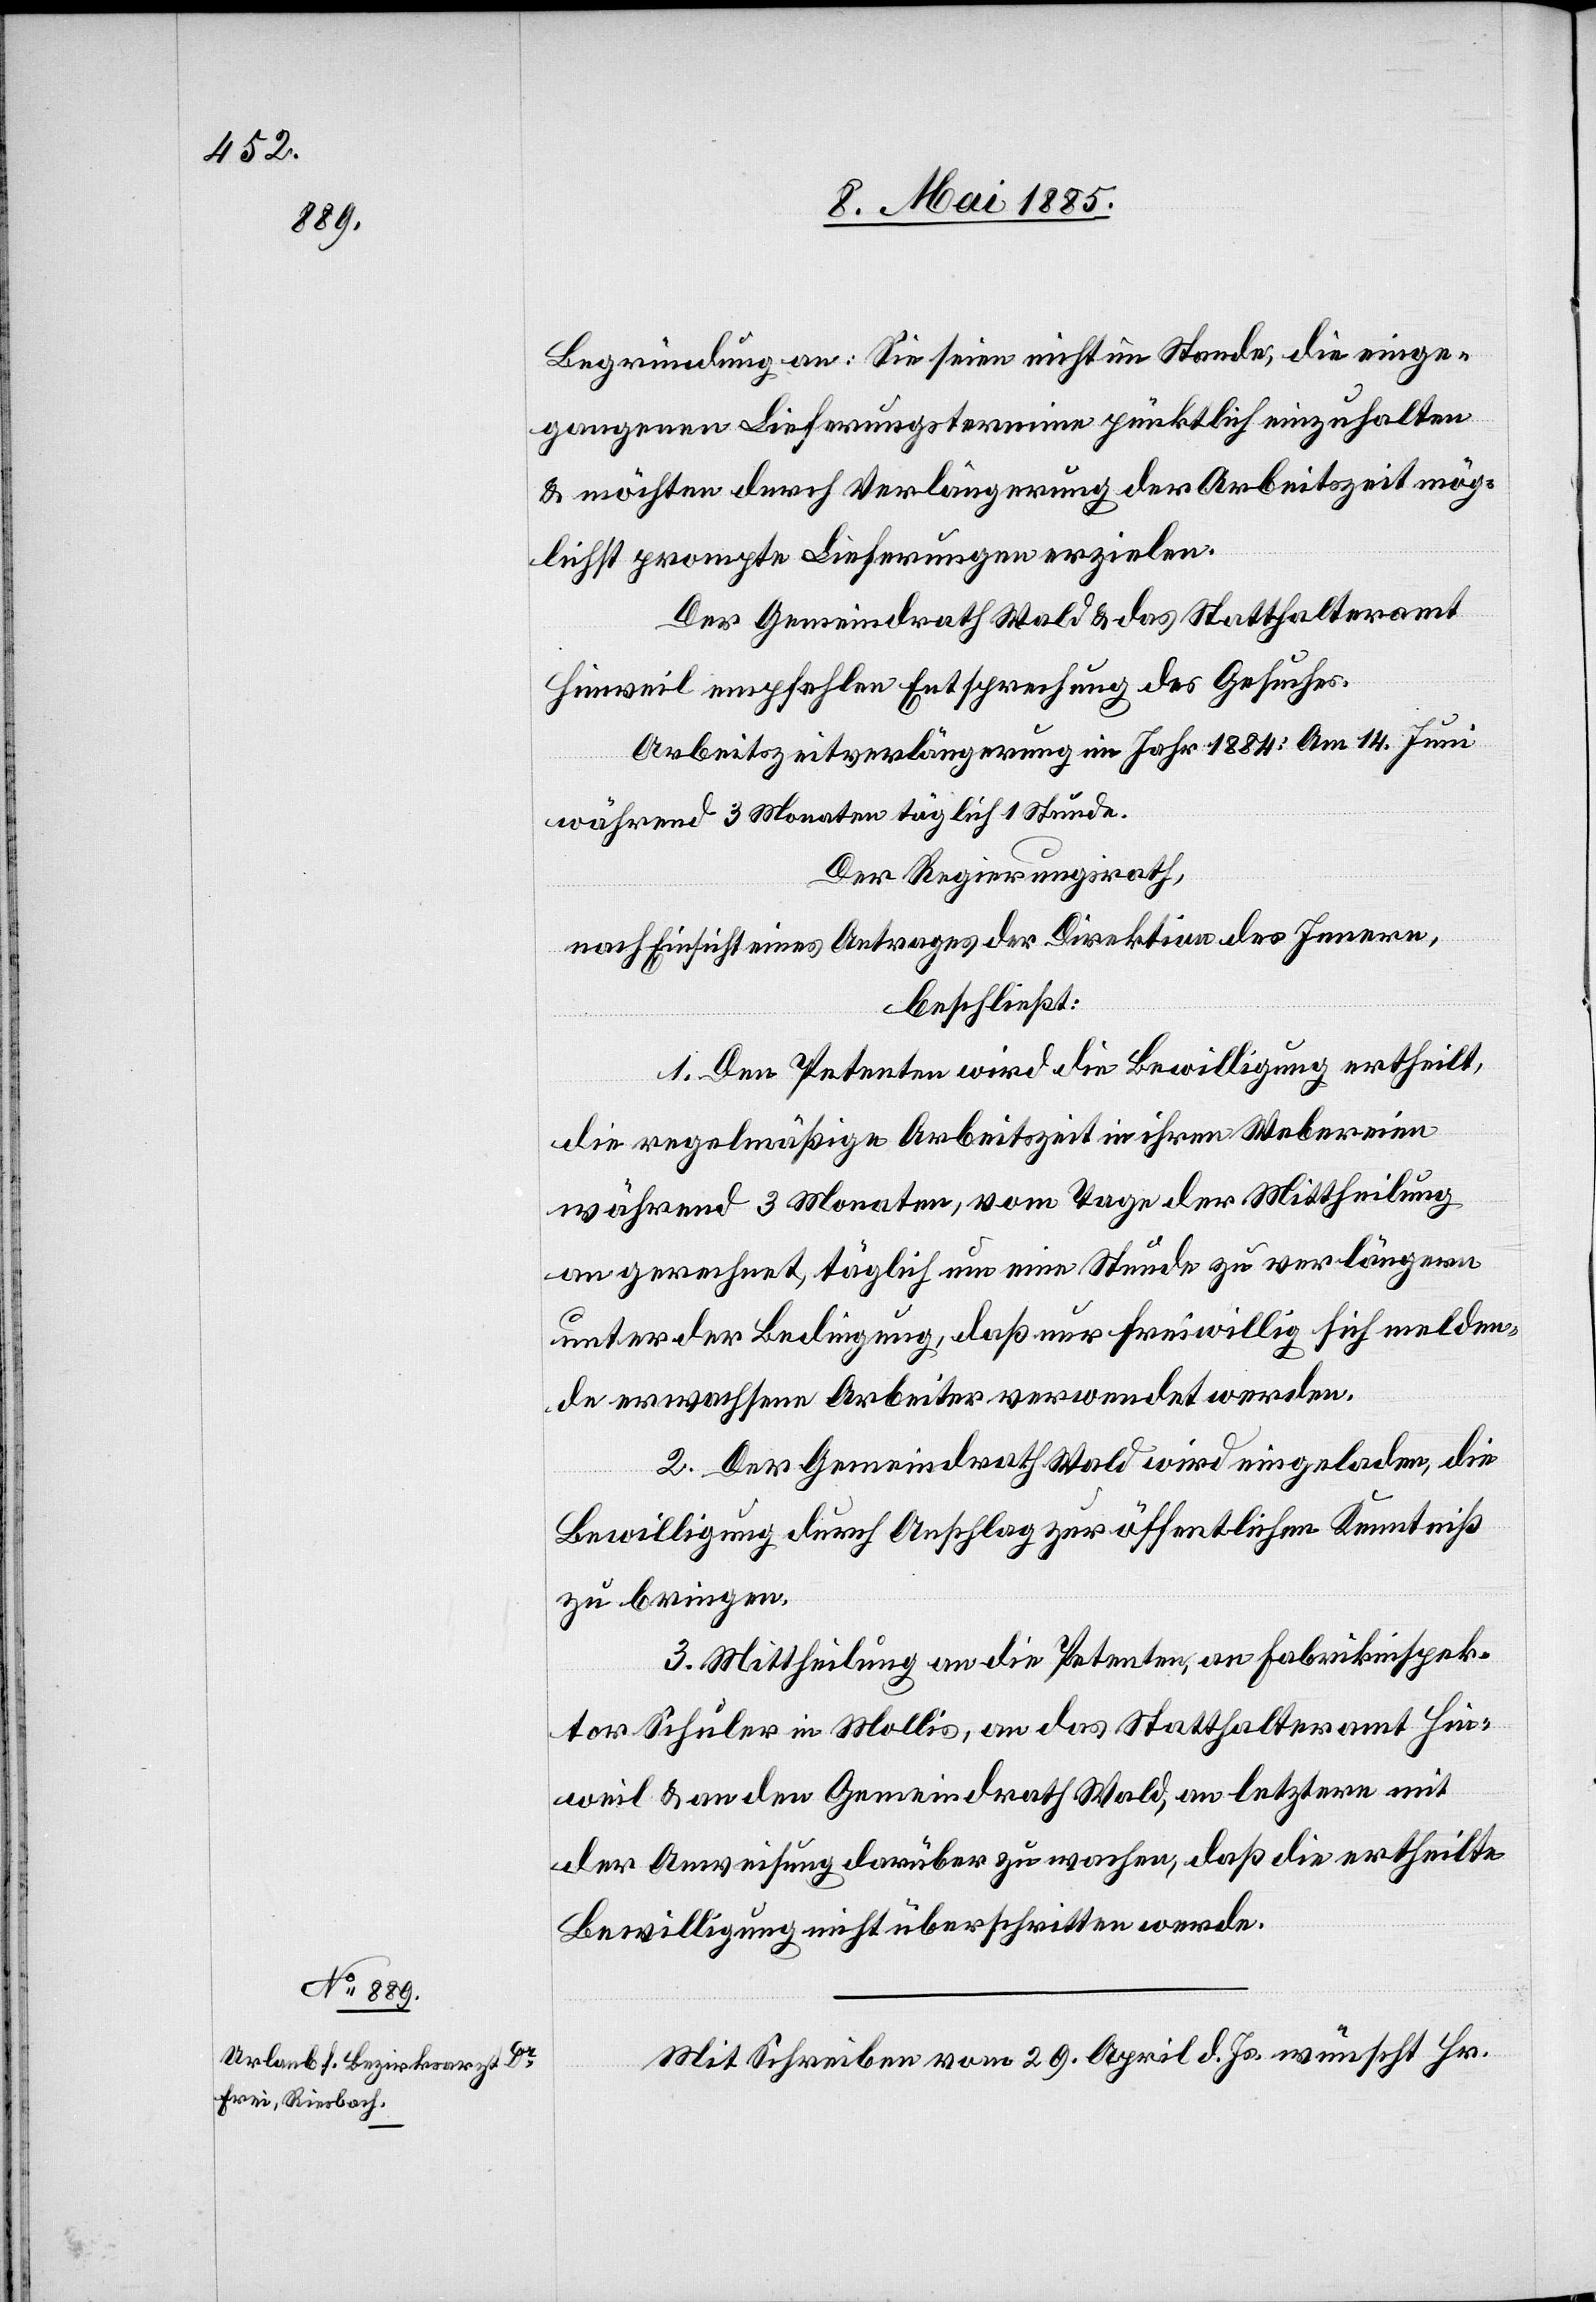
9. Mai 1885.]
Begründung an: Sie seien nicht im Stande, die einge¬
gangenen Lieferungstermine pünktlich einzuhalten
& möchten durch Verlängerung der Arbeitszeit mög¬
lichst prompte Lieferungen erzielen.
Der Gemeindrath Wald & das Statthalteramt
Hinweil empfehlen Entsprechung des Gesuches.
Arbeitszeitverlängerung im Jahr 1884: Am 14. Juni
während 3 Monaten täglich 1 Stunde.
Der Regierungsrath,
nach Einsicht eines Antrages der Direktion des Innern,
beschließt:
1. Den Petenten wird die Bewilligung ertheilt,
die regelmäßige Arbeitszeit in ihren Webereien
während 3 Monaten, vom Tage der Mittheilung
an gerechnet, täglich um eine Stunde zu verlängern
unter der Bedingung, daß nur freiwillig sich melden¬
de erwachsene Arbeiter verwendet werden.
2. Der Gemeindrath Wald wird eingeladen, die
Bewilligung durch Anschlag zur öffentlichen Kenntniß
zur bringen.
3. Mittheilung an die Petenten, an Fabrikinspek¬
tor Schuler in Mollis, an das Statthalteramt Hin¬
weil & an den Gemeindrath Wald, an letztern mit
der Anweisung darüber zu wachen, daß die ertheilte
Bewilligung nicht überschritten werde.
Mit Schreiben vom 29. April d. Js. wünscht Hr.